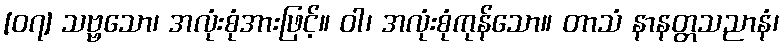
[၀၇] သဗ္ဗသော၊ အလုံးစုံအားဖြင့်။ ဝါ၊ အလုံးစုံကုန်သော။ တာသံ နာနတ္တသညာနံ၊